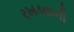
રખડવાની